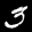
Label: 3